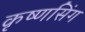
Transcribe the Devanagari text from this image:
कृष्णसिंग